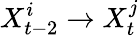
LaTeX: X_{t-2}^{i}\rightarrow X_{t}^{j}